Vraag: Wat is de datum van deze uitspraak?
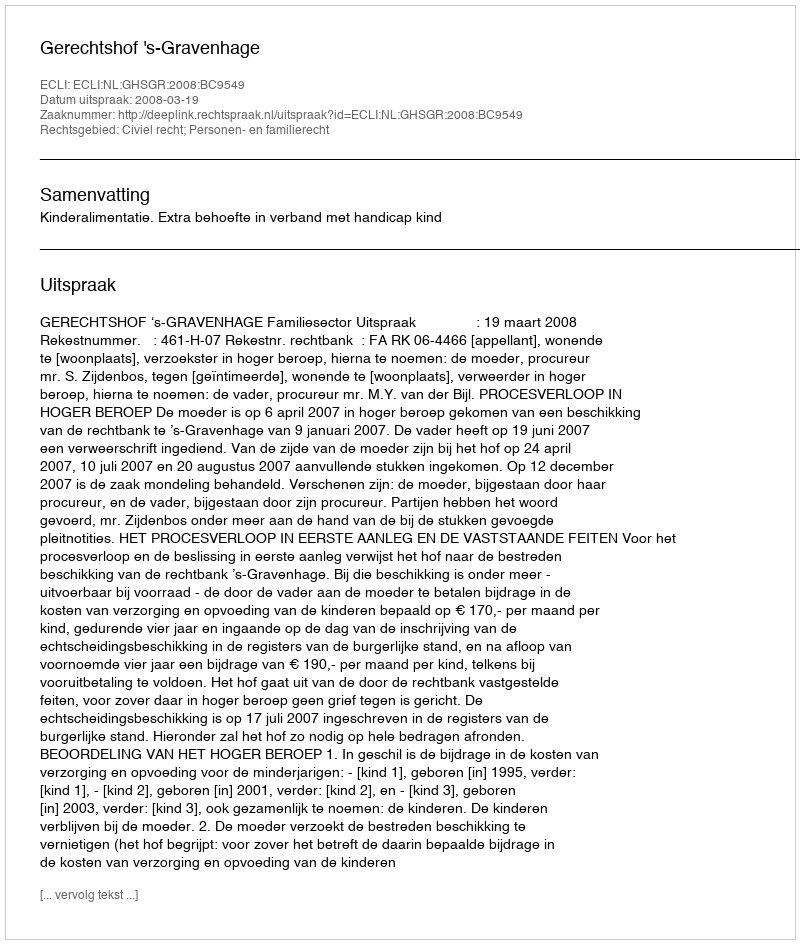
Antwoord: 2008-03-19